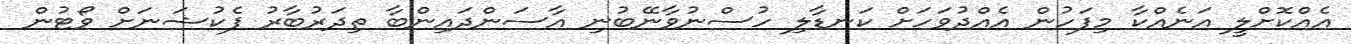
އެއްކޮށްލީ އަނެއްކާ މިފަހުން އެއްދުވަހަށް ކަނޑާލި ހުސްނުވާނޭބުނި އާސަންދައިންބާ ތިދަރުބާރު ފެކުޝަނަށް ވޯޓުން